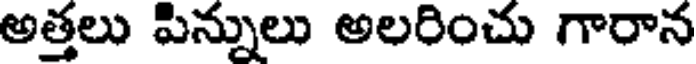
అత్తలు పిన్నులు అలరించు గారాన